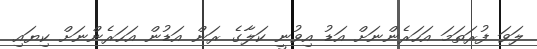
ލަވަ ފުރަތަމަ އަހަރެންނަށް އަޑު އިވުނީ ކަލާގެ ރަން އަޑުން އަހަރެންނަށް ކިޔައި